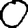
Digit: 0